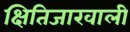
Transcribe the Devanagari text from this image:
क्षितिजाखाली